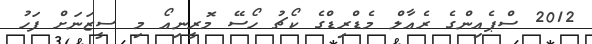
2012 ސްޕެއިންގެ ރެއާލް މެޑްރިޑްގެ ކޯޗު ހޯސޭ މޮރީނިއޯ މި ސީޒަނަށް ފަހު